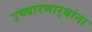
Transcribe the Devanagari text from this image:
उच्चारणार्‍यांना